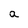
Character: a